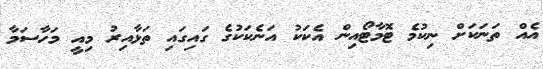
އެއް ތަނަކަށް ނިކުމެ ޓޮމާޓޯއިން އެކަކު އަނެކަކުގެ ގައިގައި ތަޅާއިރު މިއީ މަހާސަމާ